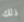
ذلك